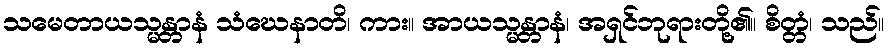
သမေတာယသ္မန္တာနံ သံဃေနာတိ၊ ကား။ အာယသ္မန္တာနံ၊ အရှင်ဘုရားတို့၏။ စိတ္တံ၊ သည်။